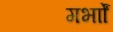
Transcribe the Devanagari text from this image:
गर्भाों